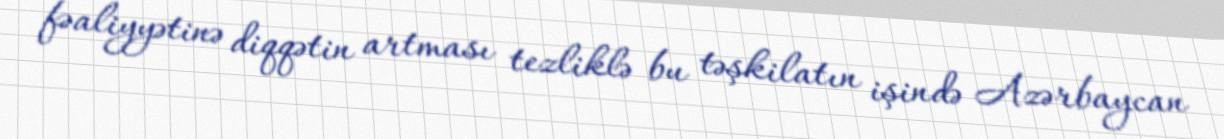
fəaliyyətinə diqqətin artması tezliklə bu təşkilatın işində Azərbaycan